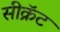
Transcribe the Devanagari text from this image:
सीक्रॅट